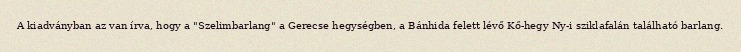
A kiadványban az van írva, hogy a "Szelimbarlang" a Gerecse hegységben, a Bánhida felett lévő Kő-hegy Ny-i sziklafalán található barlang.